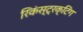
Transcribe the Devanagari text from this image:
रिकंस्ट्रक्टिंग